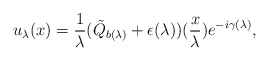
\begin{align*}u_{\lambda}(x)=\frac{1}{\lambda}(\tilde{Q}_{b(\lambda)}+\epsilon(\lambda))(\frac{x}{\lambda})e^{-i\gamma(\lambda)},\end{align*}